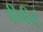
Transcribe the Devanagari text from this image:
डीवीई